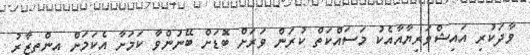
ވާދަކުރި އައިޝްވަރިޔާއާއެކު މަސައްކަތް ކުރަން ވަރަށް ބޮޑަށް ބޭނުންވާ ކަމަށާ އެކަމަށް އިންތިޒާރު